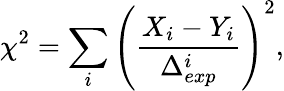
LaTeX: \chi^{2}=\sum_{i}\left(\frac{X_{i}-Y_{i}}{\Delta_{exp}^{i}}\right)^{2},